Vaccination United Provinces of Agra and Oudh 1902-1913 - 1902-1913
Year: 1902
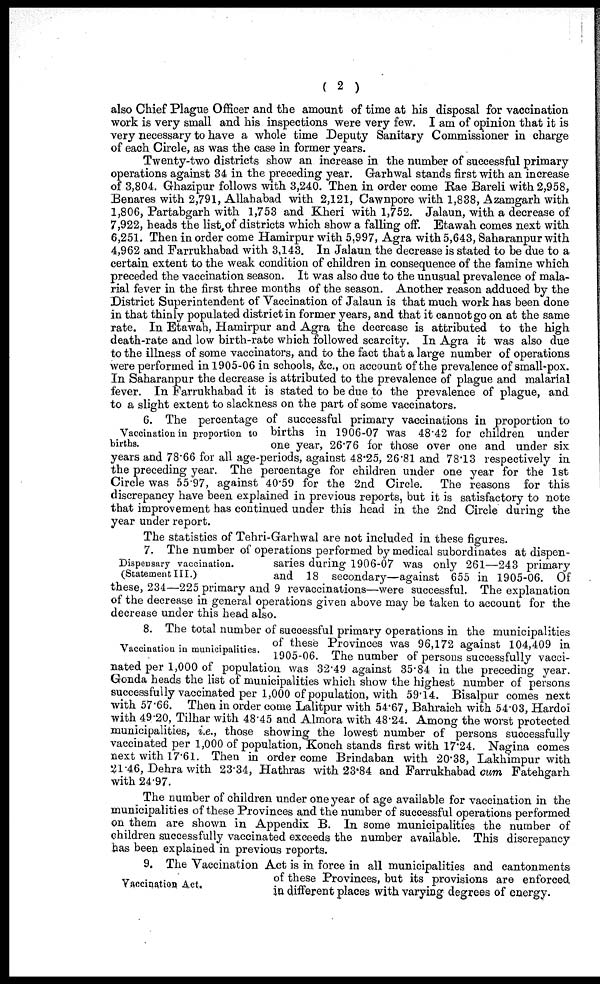
( 2 )
also Chief Plague Officer and the amount of time at his disposal for vaccination
work is very small and his inspections were very few. I am of opinion that it is
very necessary to have a whole time Deputy Sanitary Commissioner in charge
of each Circle, as was the case in former years.
Twenty-two districts show an increase in the number of successful primary
operations against 34 in the preceding year. Garhwal stands first with an increase
of 3,804. Ghazipur follows with 3,240. Then in order come Rae Bareli with 2,958,
Benares with 2,791, Allahabad with 2,121, Cawnpore with 1,838, Azamgarh with
1,806, Partabgarh with 1,753 and Kheri with 1,752. Jalaun, with a decrease of
7,922, heads the list of districts which show a falling off. Etawah comes next with
6,251. Then in order come Hamirpur with 5,997, Agra with 5,643, Saharanpur with
4,962 and Farrukhabad with 3,143. In Jalaun the decrease is stated to be due to a
certain extent to the weak condition of children in consequence of the famine which
preceded the vaccination season. It was also due to the unusual prevalence of mala-
rial fever in the first three months of the season. Another reason adduced by the
District Superintendent of Vaccination of Jalaun is that much work has been done
in that thinly populated district in former years, and that it cannot go on at the same
rate. In Etawah, Hamirpur and Agra the decrease is attributed to the high
death-rate and low birth-rate which followed scarcity. In Agra it was also due
to the illness of some vaccinators, and to the fact that a large number of operations
were performed in 1905-06 in schools, &c., on account of the prevalence of small-pox.
In Saharanpur the decrease is attributed to the prevalence of plague and malarial
fever. In Farrukhabad it is stated to be due to the prevalence of plague, and
to a slight extent to slackness on the part of some vaccinators.
Vaccination in proportion to
births.
6. The percentage of successful primary vaccinations in proportion to
births in 1906-07 was 48.42 for children under
one year, 26.76 for those over one and under six
years and 78.66 for all age-periods, against 48.25, 26.81 and 78.13 respectively in
the preceding year. The percentage for children under one year for the 1st
Circle was 55.97, against 40.59 for the 2nd Circle. The reasons for this
discrepancy have been explained in previous reports, but it is satisfactory to note
that improvement has continued under this head in the 2nd Circle during the
year under report.
The statistics of Tehri-Garhwal are not included in these figures.
Dispensary vaccination.
(Statement III.)
7. The number of operations performed by medical subordinates at dispen-
saries during 1906-07 was only 261—243 primary
and 18 secondary—against 655 in 1905-06. Of
these, 234—225 primary and 9 revaccinations—were successful. The explanation
of the decrease in general operations given above may be taken to account for the
decrease under this head also.
Vaccination in municipalities.
8. The total number of successful primary operations in the municipalities
of these Provinces was 96,172 against 104,409 in
1905-06. The number of persons successfully vacci-
nated per 1,000 of population was 32.49 against 35.84 in the preceding year.
Gonda heads the list of municipalities which show the highest number of persons
successfully vaccinated per 1,000 of population, with 59.14. Bisalpur comes next
with 57.66. Then in order come Lalitpur with 54.67, Bahraich with 54.03, Hardoi
with 49.20, Tilhar with 48.45 and Almora with 48.24. Among the worst protected
municipalities, i.e., those showing the lowest number of persons successfully
vaccinated per 1,000 of population, Konch stands first with 17.24. Nagina comes
next with 17.61. Then in order come Brindaban with 20.38, Lakhimpur with
2l.46, Dehra with 23.34, Hathras with 23.84 and Farrukhabad cum Fatehgarh
with 24.97.
The number of children under one year of age available for vaccination in the
municipalities of these Provinces and the number of successful operations performed
on them are shown in Appendix B. In some municipalities the number of
children successfully vaccinated exceeds the number available. This discrepancy
has been explained in previous reports.
Vaccination Act.
9. The Vaccination Act is in force in all municipalities and cantonments
of these Provinces, but its provisions are enforced
in different places with varying degrees of energy.